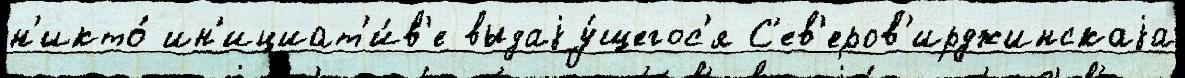
н'икто́ ин'ициат'и́в'е выдаjу́щегос'я С'ев'еров'ирджинскаjа